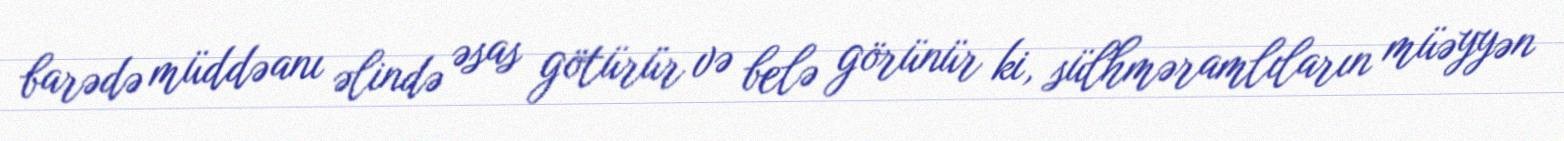
barədə müddəanı əlində əsas götürür və belə görünür ki, sülhməramlıların müəyyən